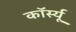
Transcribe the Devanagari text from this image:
कॉर्स्यू